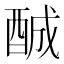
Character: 𨠽